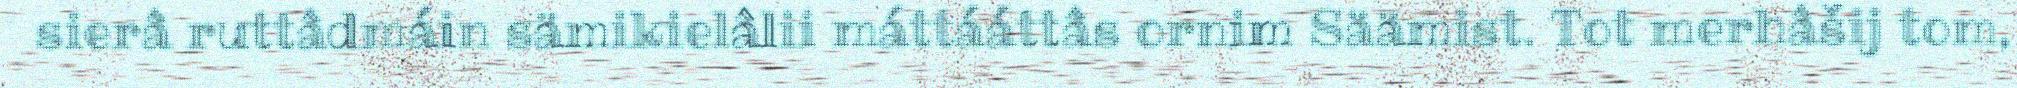
sierâ ruttâdmáin sämikielâlii máttááttâs ornim Säämist. Tot merhâšij tom,